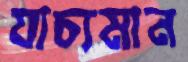
যাচ্যমান